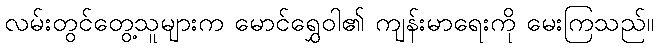
လမ်းတွင်တွေ့သူများက မောင်ရွှေဝါ၏ ကျန်းမာရေးကို မေးကြသည်။